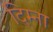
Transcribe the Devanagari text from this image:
दिम्ना